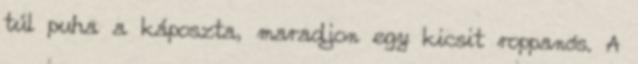
túl puha a káposzta, maradjon egy kicsit roppanós. A